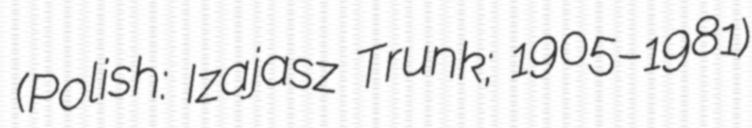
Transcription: (Polish: Izajasz Trunk; 1905–1981)